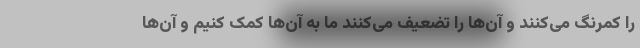
را کمرنگ می‌کنند و آن‌ها را تضعیف می‌کنند ما به آن‌ها کمک کنیم و آن‌ها